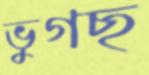
ভুগছ